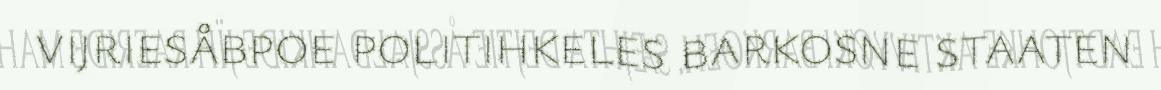
vijriesåbpoe politihkeles barkosne staaten